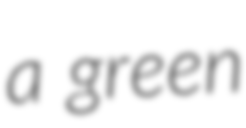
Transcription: a green